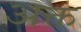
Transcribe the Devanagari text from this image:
अक्त